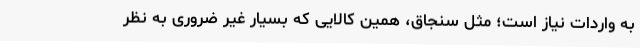
به واردات نیاز است؛ مثل سنجاق، همین کالایی که بسیار غیر ضروری به نظر